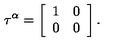
\tau ^ { \alpha } = \left[ \begin{array} { c c } { 1 } & { 0 } \\ { 0 } & { 0 } \\ \end{array} \right] .